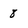
Character: 8